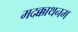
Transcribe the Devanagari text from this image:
मदक्काथनम